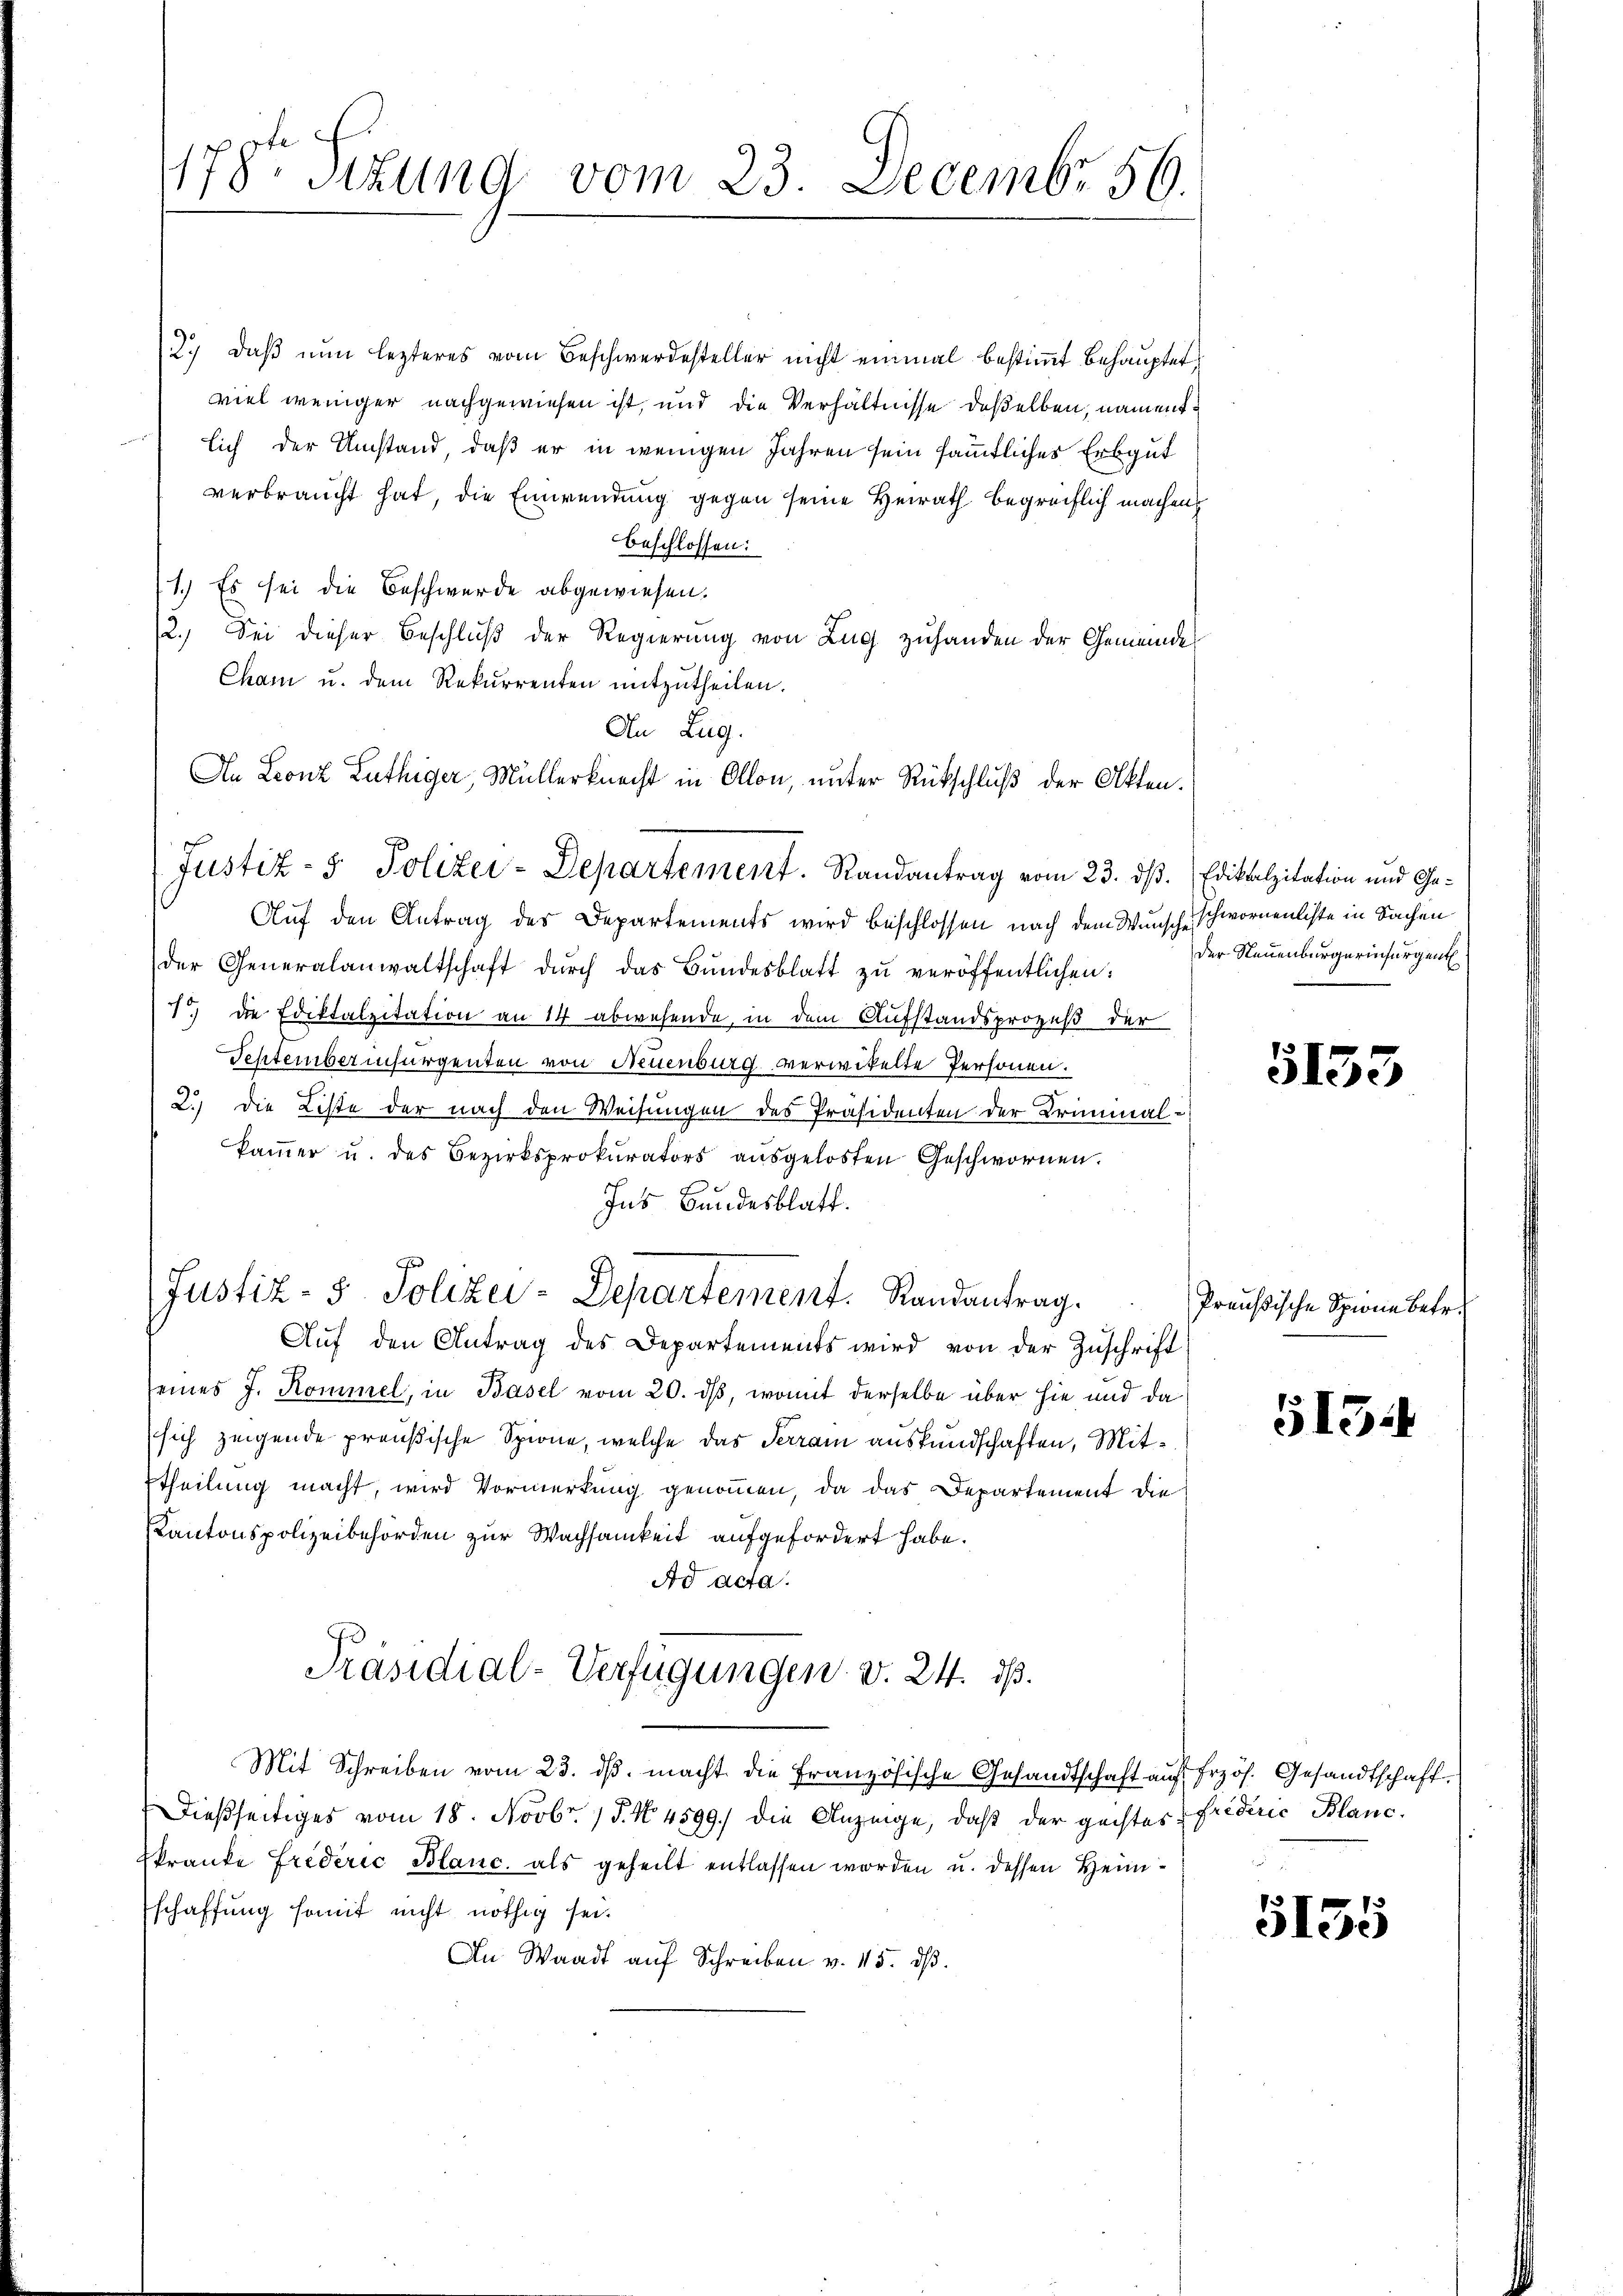
178te Sitzung vom 23. Decembr 56.

2. daβ nŭn lezteres vom Beschwerdesteller nicht einmal bestiṁt behauptet,
viel weniger nachgewiesen ist, und die Verhältnisse deßelben, namentlich der Umstand, daß er in wenigen Jahren sein sämmtliches Erbgut
verbraucht hat, die Einwendung gegen seine Heirath begreiflich machens
beschlossen:
1.) Es sei die Beschwerde abgewiesen.
2.) Sei dieser Beschluß der Regierung von Zug zuhanden der Gemeinde
Cham u. dem Rekurrenten mitzutheilen.
Auf den Antrag des Departements wird beschlossen nach dem Wunsche schwornenliste in Sachen
der Generalanwaltschaft dŭrch das Bŭndesblatt zŭ veröffentlichen:
7.) Die Ediktalzitation an 14 abwesende, in dem Aufstandsprozeß der
September insurgenten von Neuenburg verwikelte Personen.
2.) Die Liste der nach den Weisungen des Präsidenten der Criminalkaṁer u. des Bezirksprokurators aŭsgelosten Geschwornen.
Ins Bundesblatt.
Justiz- & Polizei-Departement. Randantrag.
Auf den Antrag des Departements wird von der Zuschrift
seines J. Kommel, in Basel vom 20. ds, womit derselbe über hie und da
sich zeigende preußische Spione, welche das Terrain auskundschaften, Mit¬
Etheilung macht, wird Vormerkung genommen, da das Departement die
Kantonspolizeibehörden zur Wachsamkeit aufgefordert habe.
Ad acta.
Präsidial-Verfügungen v. 24. ds.
Mit Schreiben vom 23. dβ. macht die Französische Gesandtschaft auf frzös. Gesandtschaft
Dießseitiges vom 18. Novbr. 15. No. 4599. die Anzeige, daß der geistes Friderić Blanc
kranke Friderić Blanc, als geheilt entlassen worden u. dessen Heimschaffung somit nicht nöthig sei.
An Waadt auf Schreiben v. 15. dß.

An Zug.
An Leonz Luthiger, Müllerknecht in Allon, unter Rückschluß der Akten.
Justiz- & Polizei-Departement. Randantrag vom 23. dß. Ediktalzitation und Ge¬

der Neuenburgerinfürgent

5133

Preußische Spione betr.

515.

5155